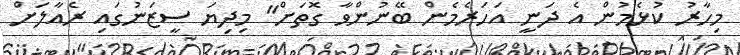
މިހާރު ކުޅެމުން އެ ދަނީ އަހަރެމެން ބޭނުންވާ ގޮތަށް" މިދިޔަ ސީޒަނުގައި ރެއާލަށް